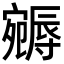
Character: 𡫦